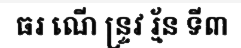
ធរ ណើ ន្ទ្រវ រ្ម័ន ទី៣